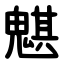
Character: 魌